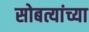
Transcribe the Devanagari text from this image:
सोबत्यांच्या